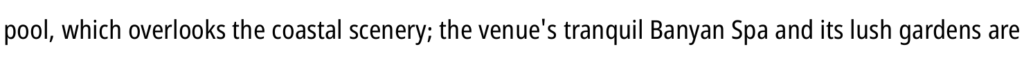
pool, which overlooks the coastal scenery; the venue's tranquil Banyan Spa and its lush gardens are